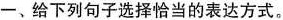
一、给下列句子选择恰当的表达方式。